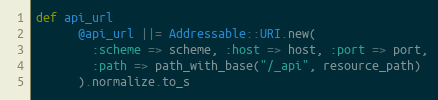
Language: Ruby
def api_url
      @api_url ||= Addressable::URI.new(
        :scheme => scheme, :host => host, :port => port,
        :path => path_with_base("/_api", resource_path)
      ).normalize.to_s